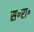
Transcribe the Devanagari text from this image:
स॰रा॰